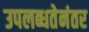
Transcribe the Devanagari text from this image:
उपलब्धतेनंतर